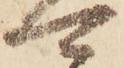
可